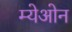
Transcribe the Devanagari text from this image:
म्येओन